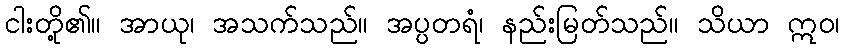
ငါးတို့၏။ အာယု၊ အသက်သည်။ အပ္ပတရံ၊ နည်းမြတ်သည်။ သိယာ ဣဝ၊